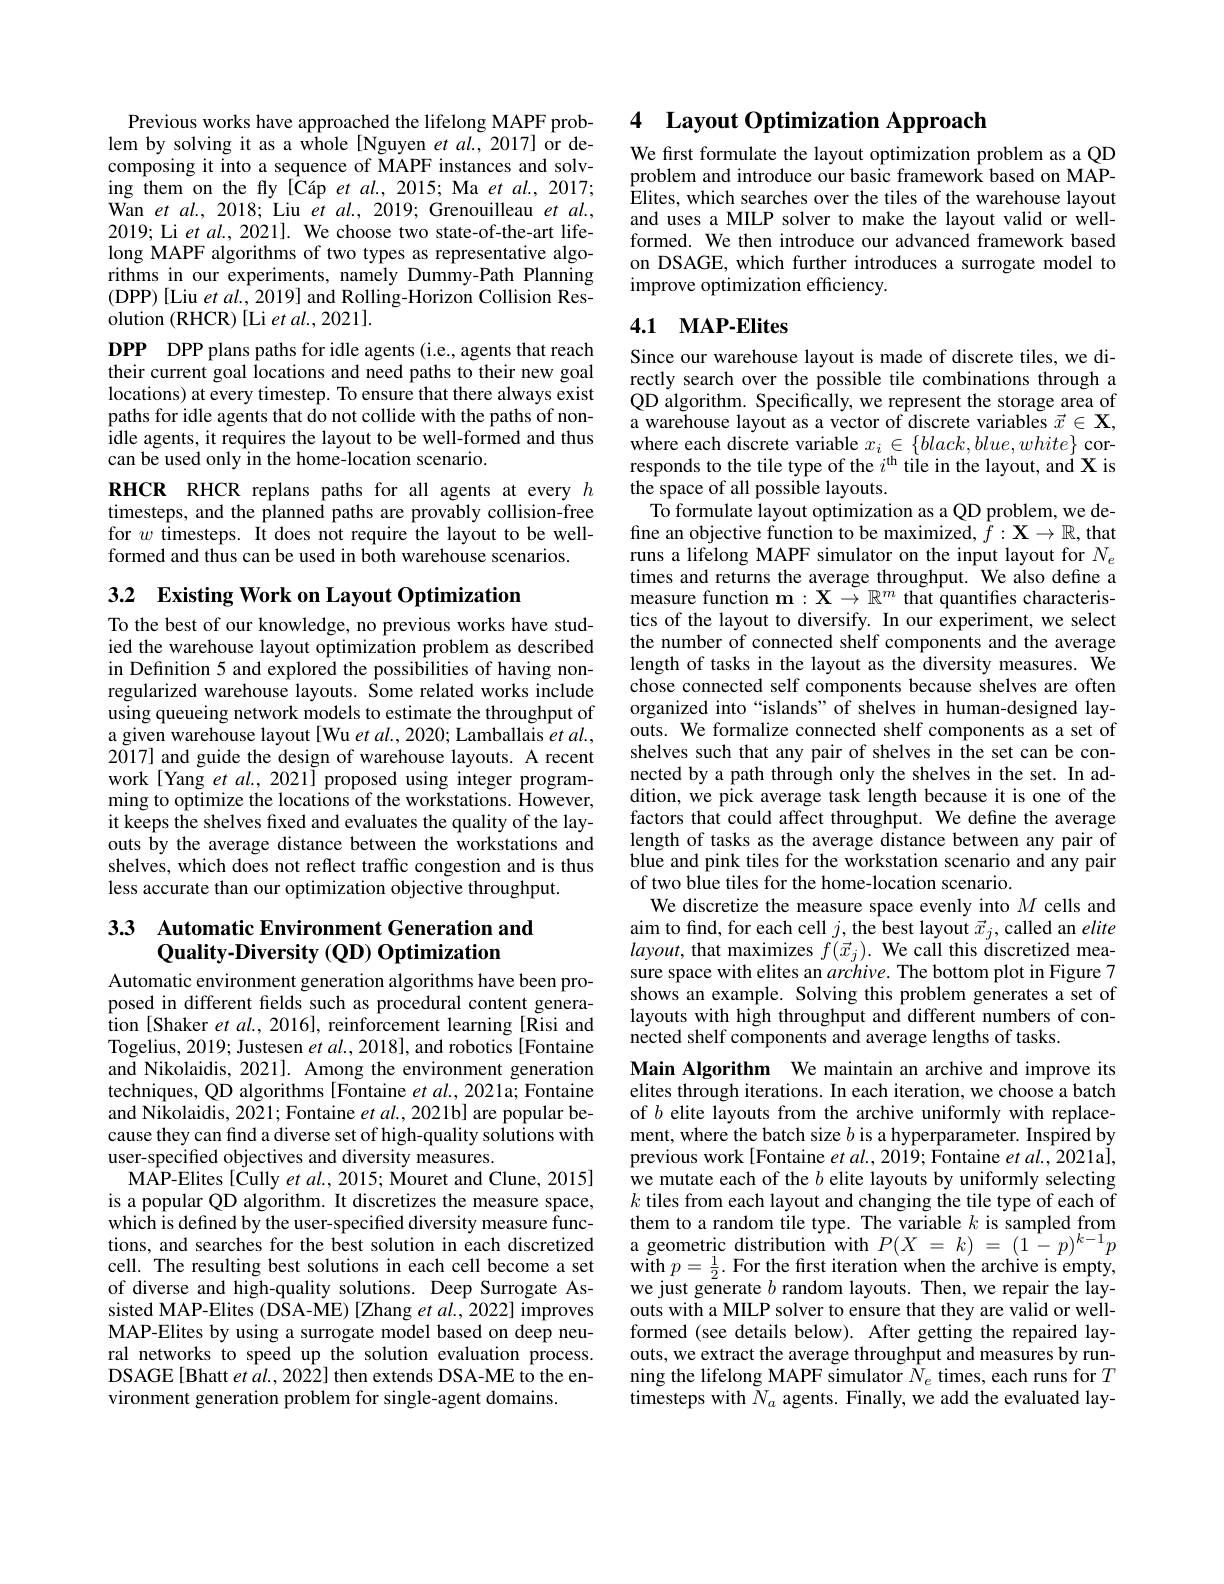
Previous works have approached the lifelong MAPF problem by solving it as a whole [Nguyen et al., 2017] or decomposing it into a sequence of MAPF instances and solving them on the fly [Cáp et al.,2015; Ma et al.,2017; Wan $etal.,2018;$ Liu $etal.,2019;$ Grenouilleau $etal.$, 2019; Li et al., 2021]. We choose two state-of-the-art lifelong MAPF algorithms of two types as representative algorithms in our experiments, namely Dummy-Path Planning (DPP) [Liu et al., 2019] and Rolling-Horizon Collision Resolution (RHCR) [Li et al., 2021].

DPP DPP plans paths for idle agents (i.e., agents that reach their current goal locations and need paths to their new goal locations) at every timestep. To ensure that there always exist paths for idle agents that do not collide with the paths of nonidle agents, it requires the layout to be well-formed and thus can be used only in the home-location scenario.

RHCR RHCR replans paths for all agents at every $h$ timesteps, and the planned paths are provably collision-free for $w$ timesteps. It does not require the layout to be wellformed and thus can be used in both warehouse scenarios.

3.2 $\textbf{Existing Work on Layout Optimization}$

To the best of our knowledge, no previous works have studied the warehouse layout optimization problem as described in Definition 5 and explored the possibilities of having nonregularized warehouse layouts. Some related works include using queueing network models to estimate the throughput of a given warehouse layout[Wu et al., 2020; Lamballais $et$ al., 2017] and guide the design of warehouse layouts. A recent work[Yang et al., 2021] proposed using integer programming to optimize the locations of the workstations. However, it keeps the shelves fixed and evaluates the quality of the layouts by the average distance between the workstations and shelves, which does not reflect traffic congestion and is thus less accurate than our optimization objective throughput.

## 33 Automatic Environment Generation and Quality-Diversity (QD) Optimization

Automatic environment generation algorithms have been proposed in different felds such as procedural content generation [Shaker et al., 2016], reinforcement learning [Risi and Togelius, 2019; Justesen $etal.$, 2018], and robotics[Fontaine and Nikolaidis, 2021]. Among the environment generation techniques, QD algorithms [Fontaine et al., 2021a; Fontaine and Nikolaidis, 2021; Fontaine $etal.,2021$b] are popular because they can find a diverse set of high-quality solutions with user-specified objectives and diversity measures.
$\hat{\mathrm{MAP-Elites~[Cully~et~al.,~2015;~Mouret~and~Clune,~2015]}}$ is a popular QD algorithm. It discretizes the measure space, which is defined by the user-specified diversity measure functions, and searches for the best solution in each discretized cell. The resulting best solutions in each cell become a set of diverse and high-quality solutions. Deep Surrogate Assisted MAP-Elites (DSA-ME) [Zhang et al., 2022] improves MAP-Elites by using a surrogate model based on deep neural networks to speed up the solution evaluation process. DSAGE[Bhatt et al., 2022] then extends DSA-ME to the environment generation problem for single-agent domains.

# 4 Layout Optimization Approach

We frst formulate the layout optimization problem as a QD problem and introduce our basic framework based on MAPElites, which searches over the tiles of the warehouse layout and uses a MILP solver to make the layout valid or wellformed. We then introduce our advanced framework based on DSAGE, which further introduces a surrogate model to improve optimization efficiency.

## 4.1 MAP-Elites

Since our warehouse layout is made of discrete tiles, we directly search over the possible tile combinations through a QD algorithm. Specifically, we represent the storage area of a warehouse layout as a vector of discrete variables $\vec{x}\in\mathbf{X}$, $\begin{array}{l}\text{where each discrete variable }x_{i}\in\{black,blue,white\}\text{ cor-}\\\text{responds to the tile type of the }i^\mathrm{th}\text{ tile in the layout, and X is}\end{array}$ $\hat{\text{the space of all possible layouts.}}$
To formulate layout optimization as a QD problem, we define an objective function to be maximized, $\bar{f}:\mathbf{X}\to\mathbb{R}$, that runs a lifelong MAPF simulator on the input layout for $N_e$ times and returns the average throughput. We also define a measure function $\mathbf{m}:\mathbf{X}\to\mathbb{R}^m$ that quantifies characteristics of the layout to diversify. In our experiment, we select the number of connected shelf components and the average length of tasks in the layout as the diversity measures. We chose connected self components because shelves are often organized into “islands” of shelves in human-designed layouts. We formalize connected shelf components as a set of shelves such that any pair of shelves in the set can be connected by a path through only the shelves in the set. In addition, we pick average task length because it is one of the factors that could affect throughput. We define the average length of tasks as the average distance between any pair of blue and pink tiles for the workstation scenario and any pair of two blue tiles for the home-location scenario.
We discretize the measure space evenly into $M$ cells and aim to find, for each cell $j$,the best layout $\vec{x}_j$, called an elite $layout$, that maximizes $f(\vec{x}_{j}).$ We cail this discretized measure space with elites an archive. The bottom plot in Figure 7 shows an example. Solving this problem generates a set of layouts with high throughput and different numbers of connected shelf components and average lengths of tasks.
Main Algorithm We maintain an archive and improve its

elites through iterations. In each iteration, we choose a batch of $b$ elite layouts from the archive uniformly with replacement, where the batch size $b$ is a hyperparameter. Inspired by previous work[Fontaine $etal.,2019;$ Fontaine et al., 2021al, we mutate each of the $b$ elite layouts by uniformly selecting $k$ tiles from each layout and changing the tile type of each of them to a random tile type. The variable $k$ is sampled from a geometric distribution with $P(X=k)=(1-p)^{k-1}p$ with $p=\frac{1}{2}.$ For the first iteration when the archive is empty, we just generate $b$ random layouts. Then, we repair the layouts with a MILP solver to ensure that they are valid or wellformed (see details below). After getting the repaired layouts, we extract the average throughput and measures by running the lifelong MAPF simulator $\hat{N}_e$ times, each runs for $T$ timesteps with $\tilde{N}_{a}$ agents. Finally, we add the evaluated lay-